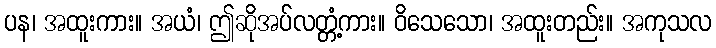
ပန၊ အထူးကား။ အယံ၊ ဤဆိုအပ်လတ္တံ့ကား။ ဝိသေသော၊ အထူးတည်း။ အကုသလ